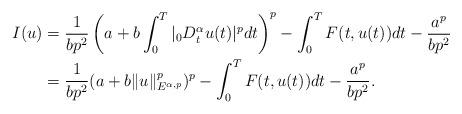
LaTeX: \begin{align*}I(u)&=\frac{1}{bp^2}\left(a+b\int_0^T|{_0D_t^\alpha}u(t)|^pdt\right)^p-\int_0^TF(t,u(t))dt-\frac{a^p}{bp^2}\\&=\frac{1}{bp^2}(a+b\|u\|_{E^{\alpha,p}}^p)^p-\int_0^TF(t,u(t))dt-\frac{a^p}{bp^2}.\end{align*}